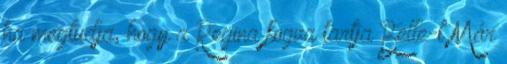
ha megtudja, hogy a Regina fogva tartja Belle-t Már